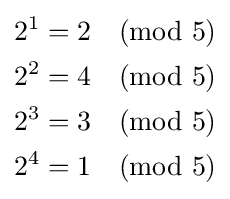
{\begin{aligned}2^{1}&=2{\pmod {5}}\\2^{2}&=4{\pmod {5}}\\2^{3}&=3{\pmod {5}}\\2^{4}&=1{\pmod {5}}\end{aligned}}